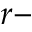
r -